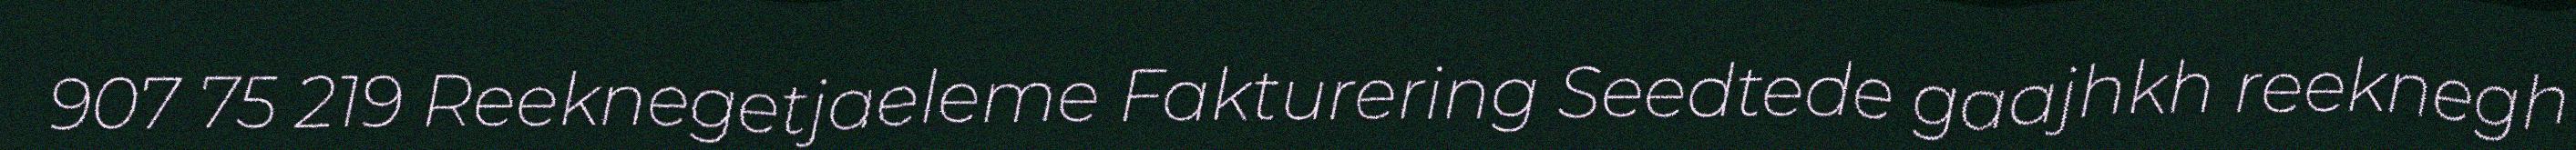
907 75 219 Reeknegetjaeleme Fakturering Seedtede gaajhkh reeknegh